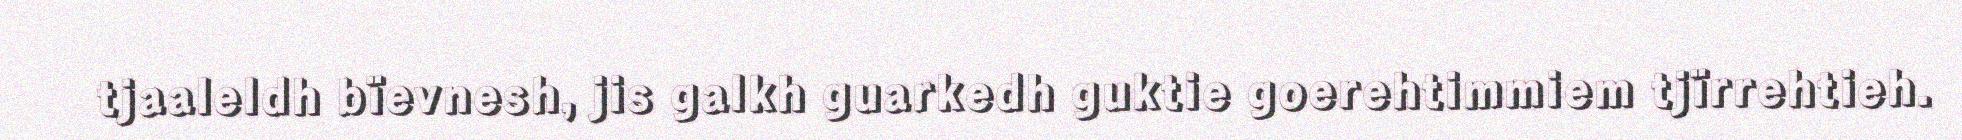
tjaaleldh bïevnesh, jis galkh guarkedh guktie goerehtimmiem tjïrrehtieh.